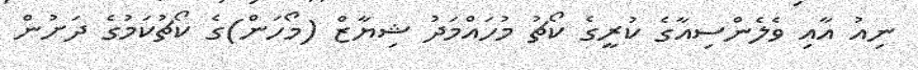
ނިއު އާއި ވެލެންސިއާގެ ކުރީގެ ކޯޗު މުހައްމަދު ޝިޔާޒް (މޯހަން)ގެ ކޯޗުކަމުގެ ދަށުން